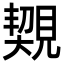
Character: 䚉